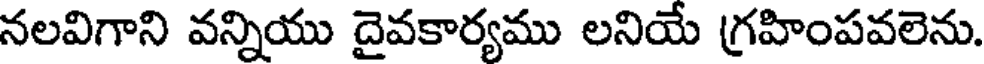
నలవిగాని వన్నియు దైవకార్యము లనియే గ్రహింపవలెను.